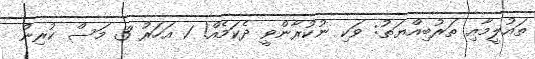
ތައުލީމާއި ތަރުބިއްޔަތު: ވަކި ނުކުރާންވީ ދެކަމެއް! 1 އަހަރު 3 މަސް ކުރިން